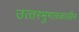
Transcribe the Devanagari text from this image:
उत्‍तरमुगलकालीन